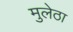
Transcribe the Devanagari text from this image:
मुलेठा